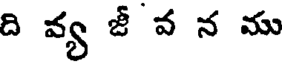
ది వ్య జీ వ న ము